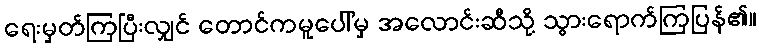
ရေးမှတ်ကြပြီးလျှင် တောင်ကမူပေါ်မှ အလောင်းဆီသို့ သွားရောက်ကြပြန်၏။